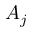
A _ { j }